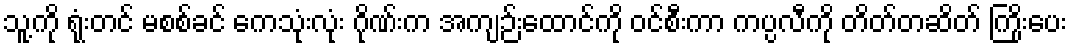
သူ့ကို ရုံးတင် မစစ်ခင် ကေသုံးလုံး ဂိုဏ်းက အကျဉ်းထောင်ကို ဝင်စီးကာ ကပ္ပလီကို တိတ်တဆိတ် ကြိုးပေး